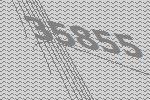
35855